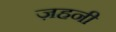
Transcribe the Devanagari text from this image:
ज़हनी